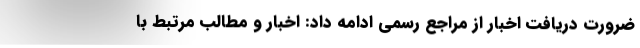
ضرورت دریافت اخبار از مراجع رسمی ادامه داد: اخبار و مطالب مرتبط با